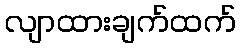
လျာထားချက်ထက်